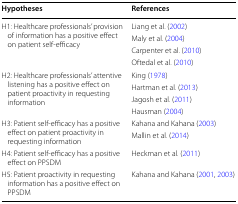
| Hypotheses | References |
 | --- | --- |
 | <ROWSPAN=4> H1: Healthcare professionals’ provision of information has a positive effect on patient self-efficacy | Liang et al. (2002) |
 | Maly et al. (2004) |
 | Carpenter et al. (2010) |
 | Oftedal et al. (2010) |
 | <ROWSPAN=4> H2: Healthcare professionals’ attentive listening has a positive effect on patient proactivity in requesting information | King (1978) |
 | Hartman et al. (2013) |
 | Jagosh et al. (2011) |
 | Hausman (2004) |
 | <ROWSPAN=2> H3: Patient self-efficacy has a positive effect on patient proactivity in requesting information | Kahana and Kahana (2003) |
 | Mallin et al. (2014) |
 | H4: Patient self-efficacy has a positive effect on PPSDM | Heckman et al. (2011) |
 | H5: Patient proactivity in requesting information has a positive effect on PPSDM | Kahana and Kahana (2001, 2003) |